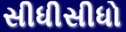
સીધીસીધો